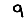
Digit: 9